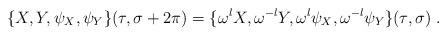
LaTeX: \begin{align*}\{X,Y,\psi_X,\psi_Y\}(\tau,\sigma+2\pi)= \{\omega^l X,\omega^{-l} Y,\omega^{l}\psi_X,\omega^{-l}\psi_Y\}(\tau,\sigma)~.\end{align*}